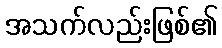
အသက်လည်းဖြစ်၏